Civil Veterinary Dept. Bombay admin report 1900-1906 - 1900-1906
Year: 1900
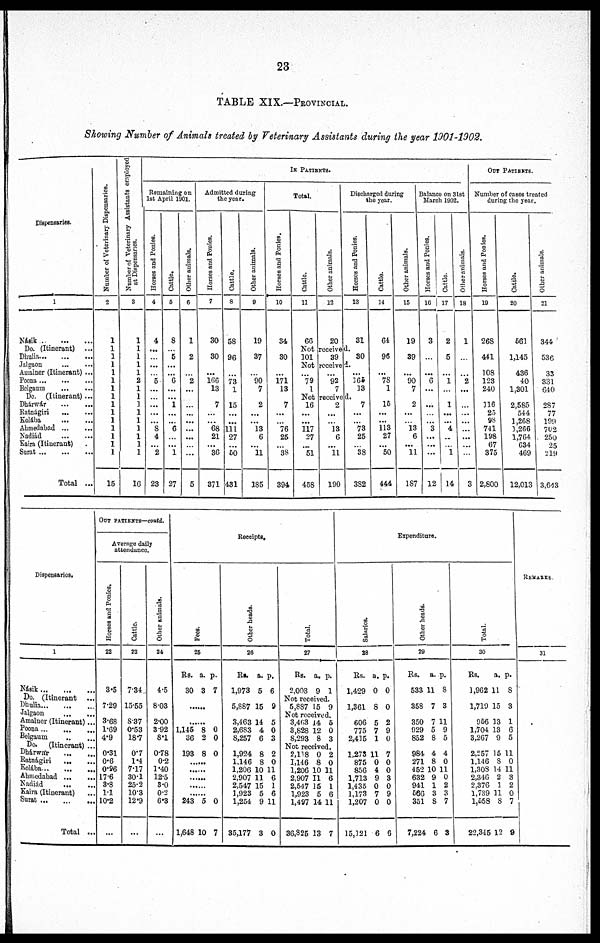
23
TABLE XIX.—PROVINCIAL.
Showing Number of Animals treated by Veterinary Assistants during the year 1901-1902.
Dispensaries.
1
Násik .
...
...
Do. (Itinerant)
...
Dhulia...
...
...
Jalgaon ... ...
Amalner (Itinerant) ...
Poona
...
...
...
Belgaum
...
...
Do. (Itinerant) ...
Dhárwár
...
...
Ratnágiri
...
...
Kolába
...
...
Ahmedabad
...
...
Nadiád
...
...
Kaira (Itinerant)
Surat
...
...
...
Total ...
Number of Veterinary Dispensaries.
2
1
1
1
1
1
1
1
1
1
1
1
1
1
1
1
15
Number of Veterinary Assistants employed
at Dispensaries.
3
1
1
1
1
1
2
1
1
1
1
1
1
1
1
1
16
IN PATIENTS.
Remaining on
1st April 1901.
Horses and Ponies.
4
4
...
...
...
...
5
...
...
...
...
...
8
4
...
2
23
Cattle.
5
8
...
5
...
...
6
...
...
1
...
...
6
...
...
1
27
Other animals.
6
1
2
...
2
...
...
...
...
...
...
...
...
...
5
Admitted during
the year.
Horses and Ponies.
7
30
30
... 166
13
...
7
...
...
68
21
... 36
371
Cattle.
8
58
96
...
73
1
...
15
...
...
111
27
...
60
431
Other animals.
9
19
37
...
90
7
...
2
...
... 13
6
...
11
185
Total.
Hor s es and Poni es .
10
34
30
...
171
13
...
7
...
...
76
25
...
38
394
Cattle.
11
66
Other animals.
12
20
Discharged during
the
year.
Horses and Ponies.
13
31
Notreceived.
101
39
30
Notreceive
...
79
1
...
92
7
...
165
13
Notreceived.
16
...
...
117
27
...
51
458
2
...
... 13
6
...
11
190
7
...
... 73
25
...
38
382
Cattle.
14
64
96
...
78
1
15
...
... 113
27
... 50
444
Other animals.
15
19
39
...
90
7
2
...
...
13
6
... 11
187
Balance on 31st
March 1902.
Horses and Ponies.
16
3
...
6
...
...
...
... 3
...
...
...
12
Cattle.
17
2
5
...
1
...
1
...
... 4
...
... 1
14
Other animals.
18
1
2
...
...
...
...
...
...
...
3
OUT PATIENTS.
Number of cases treated
during the year.
Horses and Ponies.
19
268
441
108
123
240
116
25
98
741
198
67
375
2,800
Cattle.
20
561
1,145
436
40
1,301
2,585
544
1,268
1,266
1,764
634
469
12,013
Other animals.
21
344
536
33
331
640
287
77
199
702
250
25
219
3,643
Dispensaries.
1
Násik
...
...
...
Do. (Itinerant
...
Dhulia
...
...
...
Jalgaon
...
...
Amalner (Itinerant)...
Poona...
...
...
Belgaum
...
...
Do.
(Itinerant) ...
Dhárwár
...
...
Ratnágiri
...
...
Kolába
...
...
...
Ahmedabad
...
...
Nadiád
...
...
Kaira (Itinerant) ...
Surat
...
...
...
Total ...
OUT PATIENTS—contd.
Average daily
attendance.
Horses and Ponies.
22
3.5
7.29
3.68
1.69
4.9
0.31
0.6
0.96
17.6
3.8
11
10.2
...
Cattle.
23
7.34
15.55
8.37
0.53
18.7
0.7
1.4
7.17
30.1
25.2
10.3
12.9
...
Other animals.
24
4.5
8.03
2.00
3 92
8.1
0.78
0.2
1.40
12.5
3.0
0.2
6.3
...
Receipts.
Fees.
25
Rs.
30
a.
3
p.
7
......
......
1,145
36
8
2
0
0
193 8 0
......
......
......
......
......
243
1,648
5
10
0
7
Other beads.
26
RS.
1,973
a.
5
p.
6
5,887 15 9
3,463
2,683
8,257
14
4
6
5
0
3
1,924
1.146
1,206
2,907
2,547
1,923
1,254
35,177
8
8
10
11
15
5
9
3
2
0
11
6
1
6
11
0
Total.
27
Rs.
2,003
a.
9
p.
1
Not received.
5,887 15 9
Not received.
3,463
3,828
8,293
14
12
8
5
0
3
Not received.
2,118
1,146
1,206
2,907
2,547
1,923
1,497
36,825
0
8
10
11
15
5
14
13
2
0
11
6
1
6
11
7
Expenditure.
Saharies.
28
Rs.
1,429
a.
0
p.
0
1,361 8 0
606
775
2,415
5
7
1
2
9
0
1,273
875
856
1,713
1,435
1,173
1,207
15,121
11
0
4 0
9
0
7
0
6
7
0
3
0
9
0
6
Other heads.
29
Rs.
533
a.
11
p.
8
358 7 3
350
929
852
7
5
8
11
9
5
984
271
452
632
941
566
351
7,224
4
8
10
9
1
3
8
6
4
0
11
0
2
3
7
3
Total.
30
Rs.
1,962
a.
11
p.
8
1,719 15 3
956
1,704
3,267
13
13
9
1
6
5
2,257
1,146
1,308
2,346
2.376
1,739
1,658
22,345
15
8
14
2
1
11
8
12
11
0
11
3
2
0
7
9
REMARKS.
31